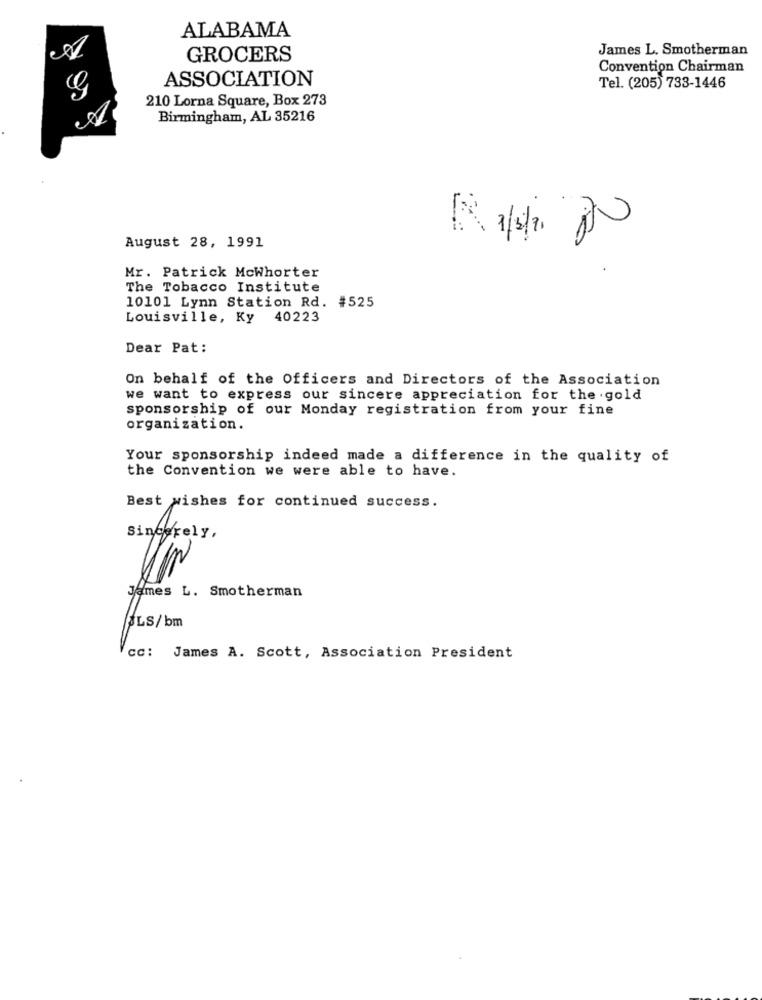
ALABAMA
James L. Smotherman
GROCERS
Convention Chairman
ASSOCIATION
Tel. (205) 733-1446
210 Lorna Square, Box 273
Birmingham, AL 35216
August 28, 1991
Mr. Patrick Mcwhorter
The Tobacco Institute
10101 Lynn Station Rd. #525
Louisville, Ky
40223
Dear Pat:
On behalf of the Officers and Directors of the Association
we want to express our sincere appreciation for the .gold
sponsorship of our Monday registration from your fine
organization.
Your sponsorship indeed made a difference in the quality of
the Convention we were able to have.
Best wishes for continued success.
Sincerely,
James L. Smotherman
BLS/bm
CC: James A. Scott, Association President